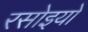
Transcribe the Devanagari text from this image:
रसोइयो